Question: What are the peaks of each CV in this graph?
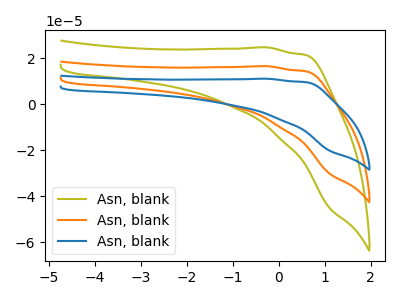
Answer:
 <answer>The olive curve "Asn, blank1" has no peaks. The orange curve "Asn, blank2" has no peaks. The blue curve "Asn, blank3" has no peaks.</answer>
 <eval></eval>